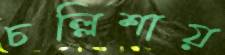
চল্লিশায়